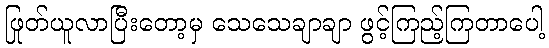
ဖြုတ်ယူလာပြီးတော့မှ သေသေချာချာ ဖွင့်ကြည့်ကြတာပေါ့